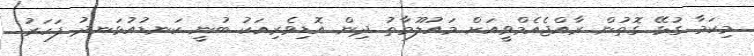
މިކަމާ ގުޅޭ ގޮތުން ރާއްޖެއެމްވީއަށް މައުލޫމާތު ދިން އޮޑިވެރިއަކު ބުނީ ކަނޑުއުޅަނދު ފަހަރު